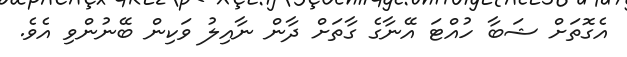
އެގޮތަށް ޝަބާ ހުއްޓަ އޭނާގެ ގާތަށް ދާން ނާއިލު ވަކިން ބޭނުންވި އެވެ.